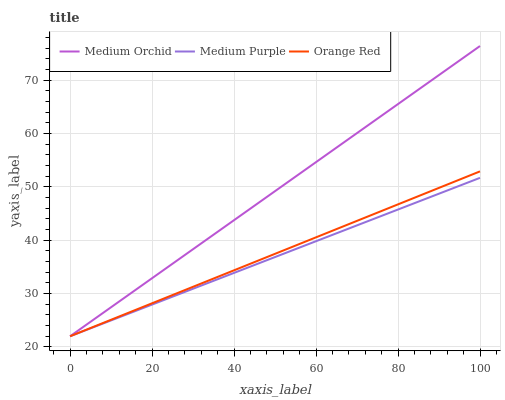
| xaxis_label | Medium Orchid | Medium Purple | Orange Red |
 | --- | --- | --- | --- |
 | 0 | 22 | 22 | 22 |
 | 11.1 | 28 | 25.3 | 25.4 |
 | 22.2 | 34.1 | 28.6 | 28.9 |
 | 33.3 | 40.1 | 31.9 | 32.3 |
 | 44.4 | 46.2 | 35.2 | 35.7 |
 | 55.6 | 52.2 | 38.5 | 39.2 |
 | 66.7 | 58.3 | 41.8 | 42.6 |
 | 77.8 | 64.3 | 45.1 | 46 |
 | 88.9 | 70.3 | 48.4 | 49.5 |
 | 100 | 76.4 | 51.7 | 52.9 |